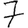
Digit: 7